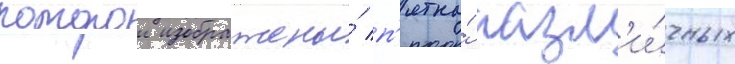
которои изображены́ п'ятна́ разл'и́чных